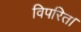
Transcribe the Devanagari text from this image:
विपरित।